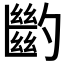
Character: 𠤉